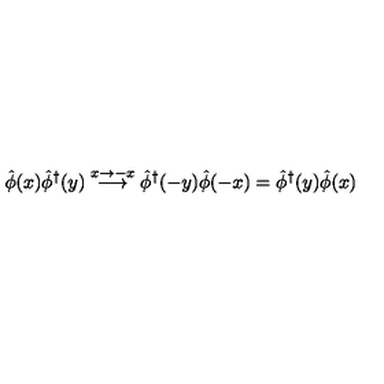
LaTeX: \hat { \phi } ( x ) { \hat { \phi } } ^ { \dag } ( y ) \stackrel { x \rightarrow - x } { \longrightarrow } \hat { \phi } ^ { \dag } ( - y ) \hat { \phi } ( - x ) = \hat { \phi } ^ { \dag } ( y ) \hat { \phi } ( x )